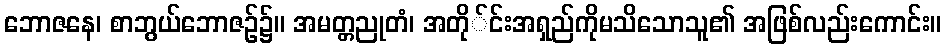
ဘောဇနေ၊ စာဘွယ်ဘောဇဉ်၌။ အမတ္တညုတံ၊ အတို်င်းအရှည်ကိုမသိသောသူ၏ အဖြစ်လည်းကောင်း။